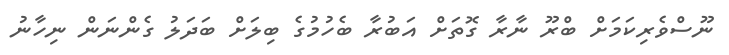
ނޫސްވެރިކަމަށް ބްރޫ ނާރާ ގޮތަށް އަބުރާ ބެހުމުގެ ބިލަށް ބަދަލު ގެންނަން ނިހާނު